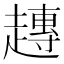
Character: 𧽢